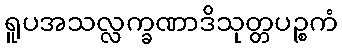
ရူပအသလ္လက္ခဏာဒိသုတ္တပဉ္စကံ